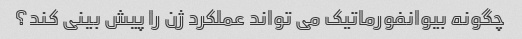
چگونه بیوانفورماتیک می تواند عملکرد ژن را پیش بینی کند؟